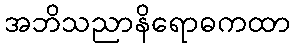
အဘိသညာနိရောဓကထာ